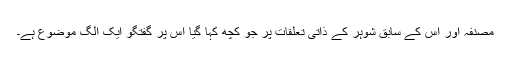
مصنفہ اور اس کے سابق شوہر کے ذاتی تعلقات پر جو کچھ کہا گیا اس پر گفتگو ایک الگ موضوع ہے۔